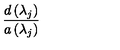
\frac { d \left( \lambda _ { j } \right) } { a \left( \lambda _ { j } \right) }